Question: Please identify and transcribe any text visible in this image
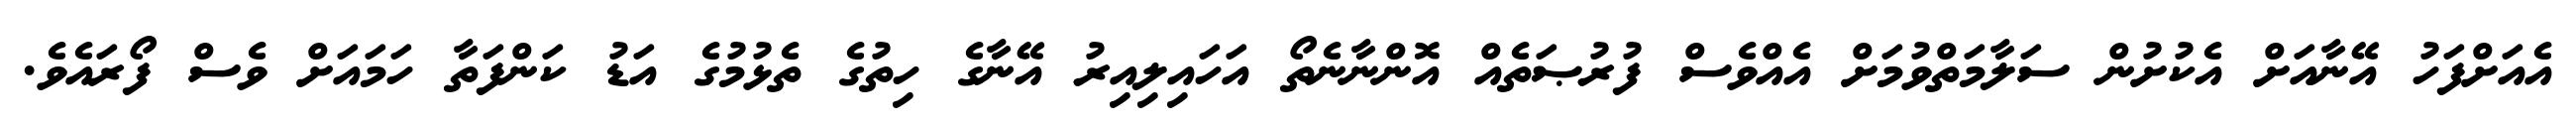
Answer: އެއަށްފަހު އޭނާއަށް އެކުށުން ސަލާމަތްވުމަށް އެއްވެސް ފުރުޞަތެއް އޮންނާނެތޯ އަހައިލިއިރު އޭނާގެ ހިތުގެ ތެޅުމުގެ އަޑު ކަންފަތާ ހަމައަށް ވެސް ފޯރައެވެ.